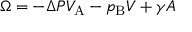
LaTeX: \Omega = - \Delta P V _ { \mathrm { { A } } } - p _ { \mathrm { { B } } } V + \gamma A